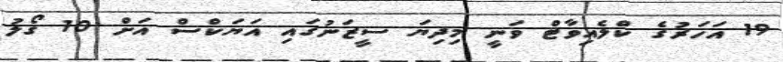
19 އަހަރުގެ ކްލެއިވާޓް ވަނީ މިދިޔަ ސީޒަނުގައި އަޔަކްސް އަށް 10 ގޯލު